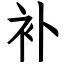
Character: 补